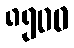
၈၅၀၀